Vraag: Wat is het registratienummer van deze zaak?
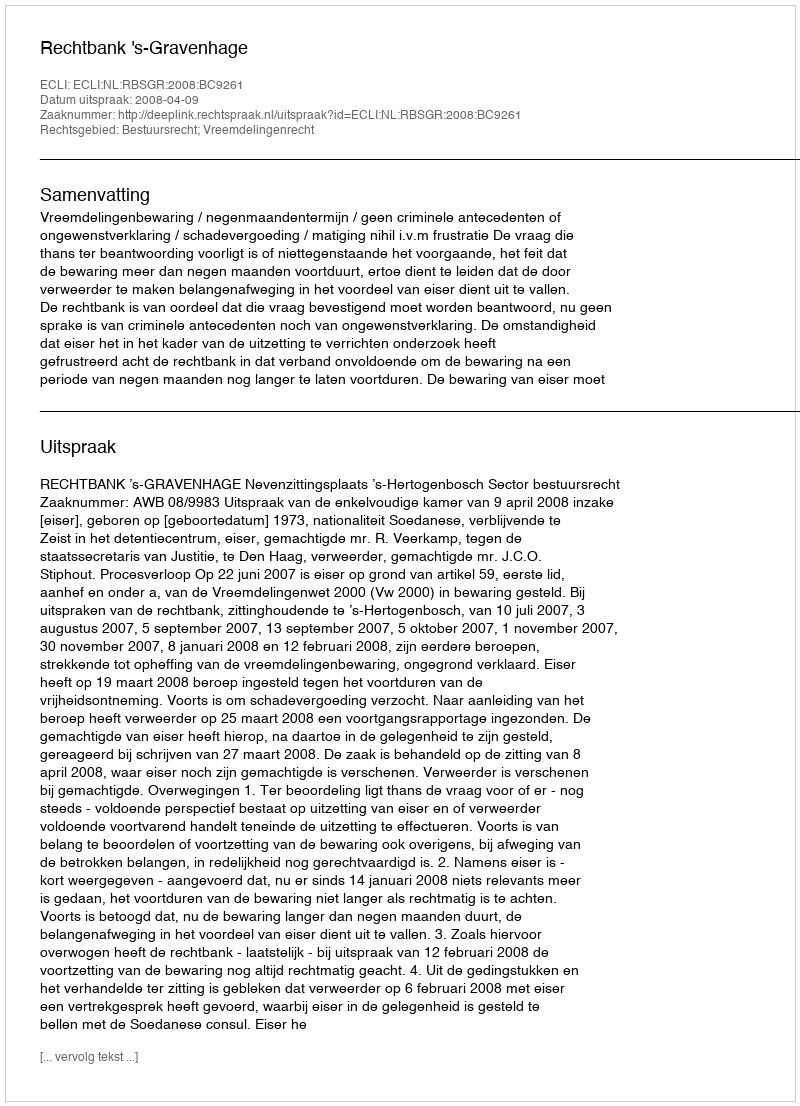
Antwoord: http://deeplink.rechtspraak.nl/uitspraak?id=ECLI:NL:RBSGR:2008:BC9261